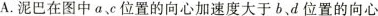
A.泥巴在图中a、c位置的向心加速度大于b、d位置的向心